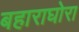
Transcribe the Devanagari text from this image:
बहाराघोरा